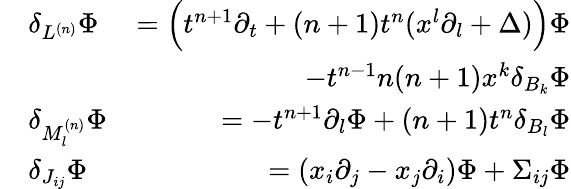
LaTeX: \begin{array}{rlr}&{\delta_{L^{(n)}}\Phi}&{=\Big(t^{n+1}\partial_{t}+(n+1)t^{n}(x^{l}\partial_{l}+\Delta)\Big)\Phi}\\ &{\qquad}&{\qquad\qquad\qquad-t^{n-1}n(n+1)x^{k}\delta_{B_{k}}\Phi}\\ &{\delta_{M_{l}^{(n)}}\Phi}&{=-t^{n+1}\partial_{l}\Phi+(n+1)t^{n}\delta_{B_{l}}\Phi}\\ &{\delta_{J_{ij}}\Phi}&{=(x_{i}\partial_{j}-x_{j}\partial_{i})\Phi+\Sigma_{ij}\Phi}\end{array}